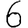
Digit: 6